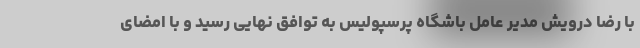
با رضا درویش مدیر عامل باشگاه پرسپولیس به توافق نهایی رسید و با امضای